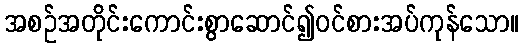
အစဉ်အတိုင်းကောင်းစွာဆောင်၍ဝင်စားအပ်ကုန်သော။